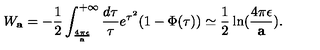
W _ { \bf a } = - { \frac { 1 } { 2 } } \int _ { \frac { 4 \pi \epsilon } { \bf a } } ^ { + \infty } { \frac { d \tau } { \tau } } e ^ { \tau ^ { 2 } } ( 1 - \Phi ( \tau ) ) \simeq { \frac { 1 } { 2 } } \ln ( { \frac { 4 \pi \epsilon } { \bf a } } ) .